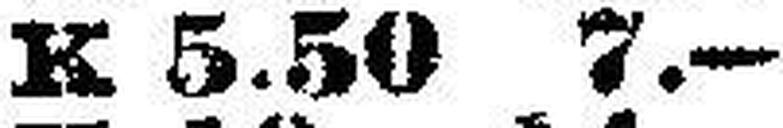
K 5.50— 7.—